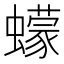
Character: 蠓